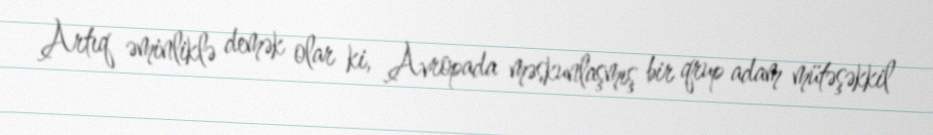
Artıq əminliklə demək olar ki, Avropada məskunlaşmış bir qrup adam mütəşəkkil